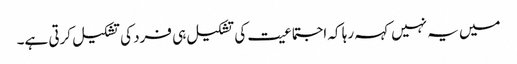
میں یہ نہیں کہہ رہا کہ اجتماعیت کی تشکیل ہی فرد کی تشکیل کرتی ہے۔